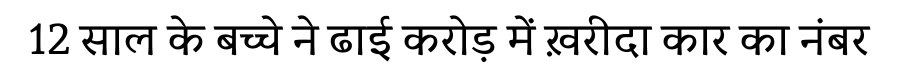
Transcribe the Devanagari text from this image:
12 साल के बच्चे ने ढाई करोड़ में ख़रीदा कार का नंबर